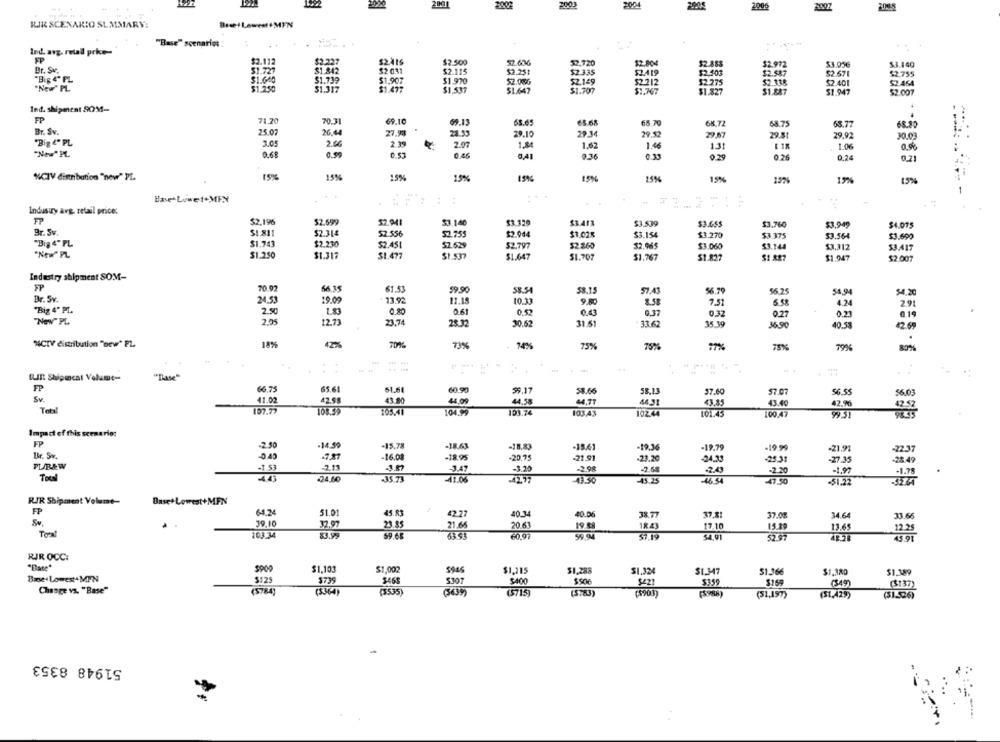
2.000
RJR SCENARIO SLMMARY:
Bree-/ Lowest+MEN
"Base" scenarios
.... .
Ind. avg. retail prke-
FP
$2.112
$2.227
$2.500
52.720
$2.804
$2.883
$2.972
53.056
$3.140
Br. Sv.
$1.727
$1.842
$2 011
$2.115
$7.251
$2.335
52.419
$2.503
$2.587
52.671
$2.755
"Big 4" PL
$1 600
$1.739
$1.907
$1.970
52.086
$2.149
$2.212
$2.275
52.338
$2.401
$2.464
"New" PL
$1.250
$1.317
$1.477
$1.537
$1.707
$1.647
$1.767
$1.827
$1.887
$1.947
$2.007
Ind. shipment SOM-
FP
71.70
70.31
69.10
69.13
68.49
65.70
68.72
68.75
63.77
Br. Sv.
25.07
26.44
27.93
24.39
29.10
29.34
29.52
29.67
29.81
"Big &" PL
2.00
29.92
30.03
3.05
2.39
2.07
1.62
1.46
1.3
1.06
"Now"PL
0.68
0.99
0.53
0.46
0,41
0.36
0.35
0.2
0.2
0,24
0.71
%CTV dinnbution "new" PL
15%
15%
15%
15%
25%
15%%
197%
15%
HaveLiwet+MEX
Industry avg. retail price:
FP
$2.196
52.599
52.941
53.140
$3.329
$3.413
$3,539
$3.65$
$3.760
53.940
Br. Sv
$1.811
$2.314
$2. 556
52.755
$2.044
$3.028
$3.154
$3.270
$3.375
$3.564
$3.690
"Big 4" PL
$1.743
$2.230
$2.451
$2.529
$2.797
$2.260
32.965
$3.060
"New" PL
$3.144
$3.312
53.417
$1.250
$1.317
$1.477
$1.537
$1.647
$1.707
$1.767
$1.827
$1.887
$1.947
$2.007
Industry shipment SOM-
FP
70 07
64 35
61.53
59.90
58.54
53.15
57.43
56.70
56.25
54.94
$4,20
Br. Sv.
24.53
19.09
13.92
11.18
10.13
1.58
7.51
4.24
291
"Big 4' PL.
2.50
0.80
0.52
0.43
0.37
0,37
0.2
0.23
€ 19
"New" PL
12.73
23.74
25.32
30.62
31.61
33.62
35.19
36.90
40.55
42.69
.
%CTY distribution "bew" FL
18%
42%%
70%
73%
- 74%
75%
75%
79%
---
RIR: Shipmcat Volume-
"Das"
FP
66.75
65.61
51.61
59.17
58.66
58.13
57.60
57.07
56.55
Sv.
41.02
42.98
43.80
44.09
44.58
44.71
43.85
Total
4431
43.40
107.77
105.41
104.99
103.74
103.43
102.44
101.45
100.47
Impact of this scenario:
FP
-2.50
-14.50
-15.78
-18.63
-18,83
-15.61
-19.79
-19.99
-19.36
-219
Br. Sv.
-0,40
-16.08
-18.95
-20.75
-21.91
-23.20
-25.3
PL/B&W
2.11
-3.47
-2.98
-2.68
-3.20
2.49
-2.20
24,60
-35.73
41.06
43.30
-45.25
-46.54
-47.50
RJR Shipment Volume
Base+ Lowest+MFN
FP
6-4.24
51.01
45.83
42.27
40.34
40.06
38 77
37.81
37.0%
34.64
33 68
39.10
32.97
23.85
21.65
20.61
18.43
15.29
13.6
Tomat
103.34
83.99
59.68
19
17.10
54,01
52.97
RIR OCC:
$900
$1,103
$1,002
5946
$1,315
$1,288
$1.324
$1.347
51.366
$1,380
$1.189
Base. Lowest+MPN
$739
$125
$463
5307
$400
$221
5359
(349)
($137)
Change vs. "Base"
($784)
(5364)
(3535
(5715)
(5783)
(5903)
(S984)
(51,197)
(51,429)
(51.526)
51948 8353